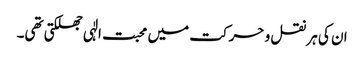
ان کی ہر نقل و حرکت میں محبت الٰہی جھلکتی تھی۔